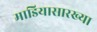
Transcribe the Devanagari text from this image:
माडियासारख्या